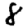
Digit: 8